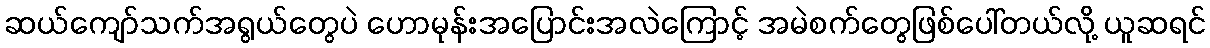
ဆယ်ကျော်သက်အရွယ်တွေပဲ ဟောမုန်းအပြောင်းအလဲကြောင့် အမဲစက်တွေဖြစ်ပေါ်တယ်လို့ ယူဆရင်